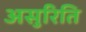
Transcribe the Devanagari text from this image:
असुरिति